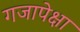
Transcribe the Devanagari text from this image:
गजापेक्षा